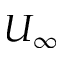
U _ { \infty }